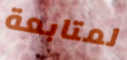
لمتابعة